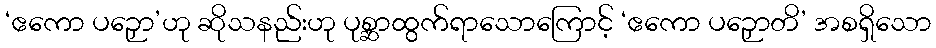
‘ဧကော ပဉှော’ဟု ဆိုသနည်းဟု ပုစ္ဆာထွက်ရာသောကြောင့် ‘ဧကော ပဉှောတိ’ အစရှိသော